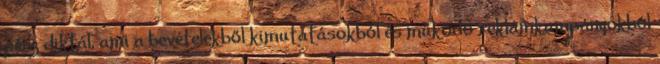
pénz diktál, ami a bevételekből kimutatásokból és működő reklámkampányokból